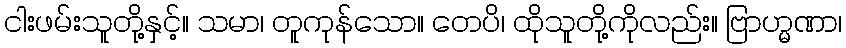
ငါးဖမ်းသူတို့နှင့်။ သမာ၊ တူကုန်သော။ တေပိ၊ ထိုသူတို့ကိုလည်း။ ဗြာဟ္မဏာ၊